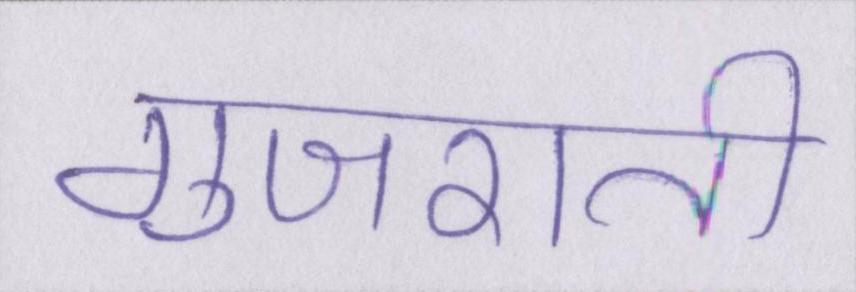
गुजराती